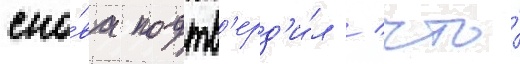
сно́ва подтв'ерд'и́л / что́